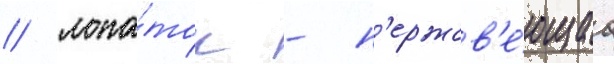
/ лопа́ток - н'ержав'е́ющаа